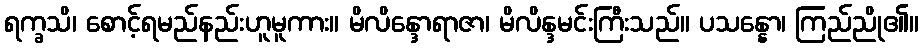
ရက္ခသိ၊ စောင့်ရမည်နည်းဟူမူကား။ မိလိန္ဒောရာဇာ၊ မိလိန္ဒမင်းကြီးသည်။ ပသန္နော၊ ကြည်ညို၏။